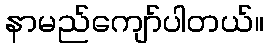
နာမည်ကျော်ပါတယ်။